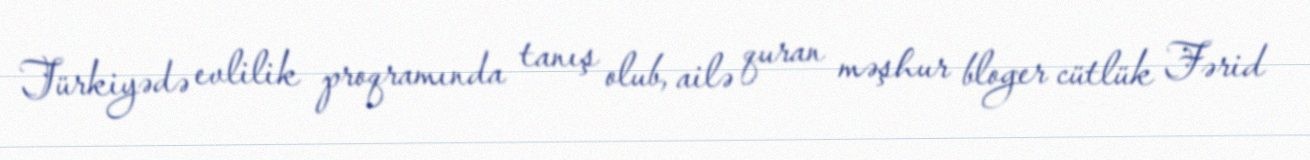
Türkiyədə evlilik proqramında tanış olub, ailə quran məşhur bloger cütlük Fərid